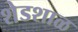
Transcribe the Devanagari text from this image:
शेडशाळ